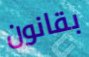
بقانون